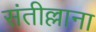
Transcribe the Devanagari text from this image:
संतील्लाना